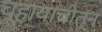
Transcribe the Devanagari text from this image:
च्हायाचीत्न